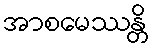
အာစမေဿန္တိ